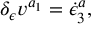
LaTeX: \delta _ { \epsilon } v ^ { a _ { 1 } } = \dot { \epsilon } _ { 3 } ^ { a } ,